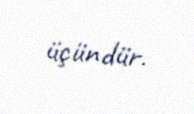
üçündür.